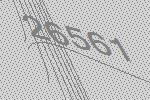
26561